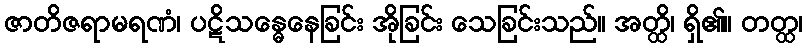
ဇာတိဇရာမရဏံ၊ ပဋိသန္ဓေနေခြင်း အိုခြင်း သေခြင်းသည်။ အတ္ထိ၊ ရှိ၏။ တတ္ထ၊